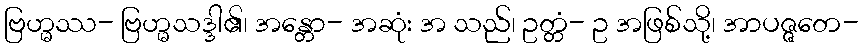
ဗြဟ္မဿ- ဗြဟ္မသဒ္ဒါ၏၊ အန္တော- အဆုံး အ သည်၊ ဥတ္တံ- ဥ အဖြစ်သို့၊ အာပဇ္ဇတေ-